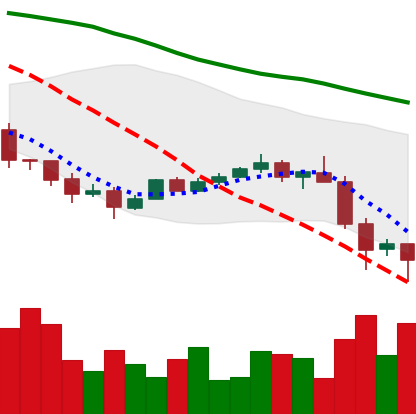
Ticker: TRX-USD
Chart end date: 2022-01-24
Forward return: 9.493%
Label: up_7plus